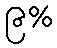
၉%